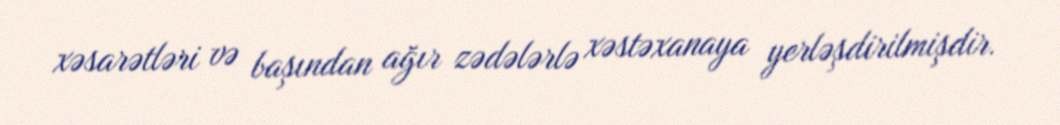
xəsarətləri və başından ağır zədələrlə xəstəxanaya yerləşdirilmişdir.